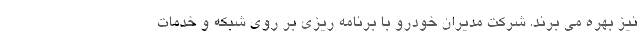
نیز بهره می برند. شرکت مدیران خودرو با برنامه ریزی بر روی شبکه و خدمات